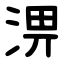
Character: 淠